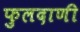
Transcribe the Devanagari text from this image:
फुलदाणी